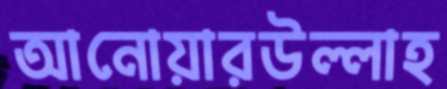
আনোয়ারউল্লাহ